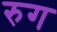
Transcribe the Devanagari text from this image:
रुग